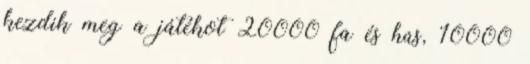
kezdik meg a játékot 20000 fa és hús, 10000